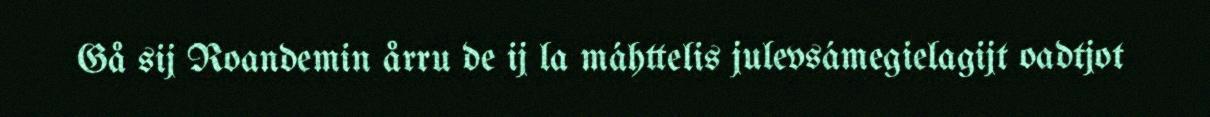
Gå sij Roandemin årru de ij la máhttelis julevsámegielagijt oadtjot